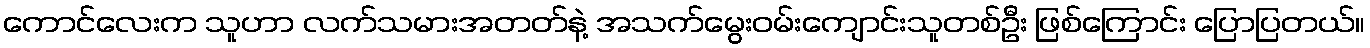
ကောင်လေးက သူဟာ လက်သမားအတတ်နဲ့ အသက်မွေးဝမ်းကျောင်းသူတစ်ဦး ဖြစ်ကြောင်း ပြောပြတယ်။